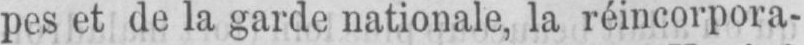
pes et de la garde nationale, la réincorpora-